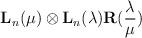
LaTeX: \begin{align*} {\bf L}_n (\mu) \otimes {\bf L}_n (\lambda) {\bf R} (\frac{\lambda}{\mu})\end{align*}